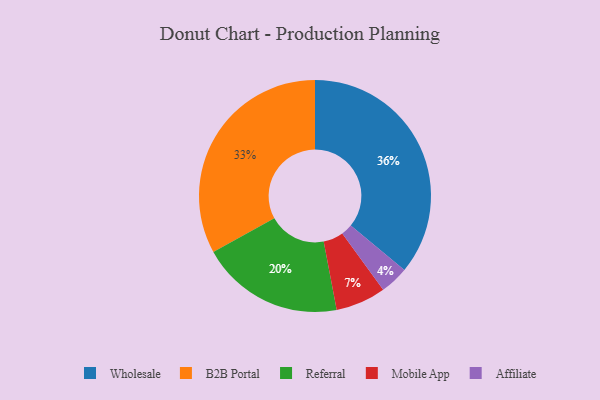
{"axis": {"x": "Category", "y": "Percentage"}, "legend": ["Affiliate", "B2B Portal", "Mobile App", "Referral", "Wholesale"], "data": [{"x": "Referral", "y": 20, "type": "Referral"}, {"x": "Affiliate", "y": 4, "type": "Affiliate"}, {"x": "Wholesale", "y": 36, "type": "Wholesale"}, {"x": "B2B Portal", "y": 33, "type": "B2B Portal"}, {"x": "Mobile App", "y": 7, "type": "Mobile App"}]}